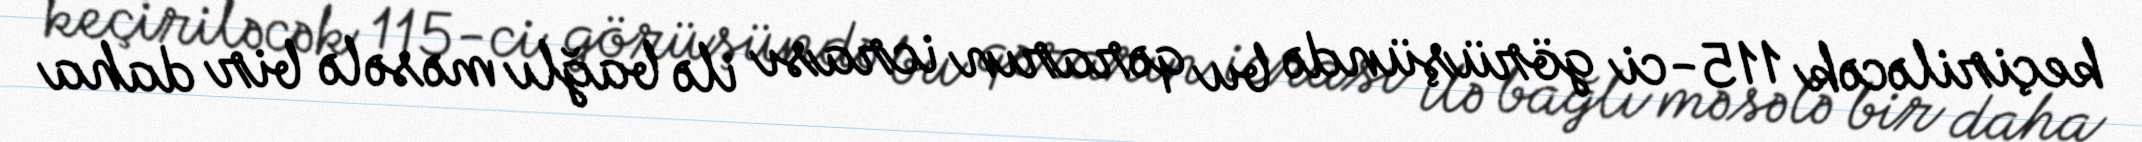
keçiriləcək 115-ci görüşündə bu qərarın icrası ilə bağlı məsələ bir daha